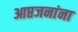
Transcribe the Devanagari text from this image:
आप्तजनांना